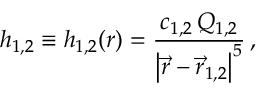
{ h _ { 1 , 2 } } \equiv { h _ { 1 , 2 } } ( r ) = { \frac { c _ { 1 , 2 } \, Q _ { 1 , 2 } } { \left| \vec { r } - \vec { r } _ { 1 , 2 } \right| ^ { 5 } } } \, ,